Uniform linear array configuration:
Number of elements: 16
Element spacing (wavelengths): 0.25
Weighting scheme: cosine
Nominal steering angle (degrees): -45
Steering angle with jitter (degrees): -43.121
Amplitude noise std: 0.05
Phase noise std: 0.05

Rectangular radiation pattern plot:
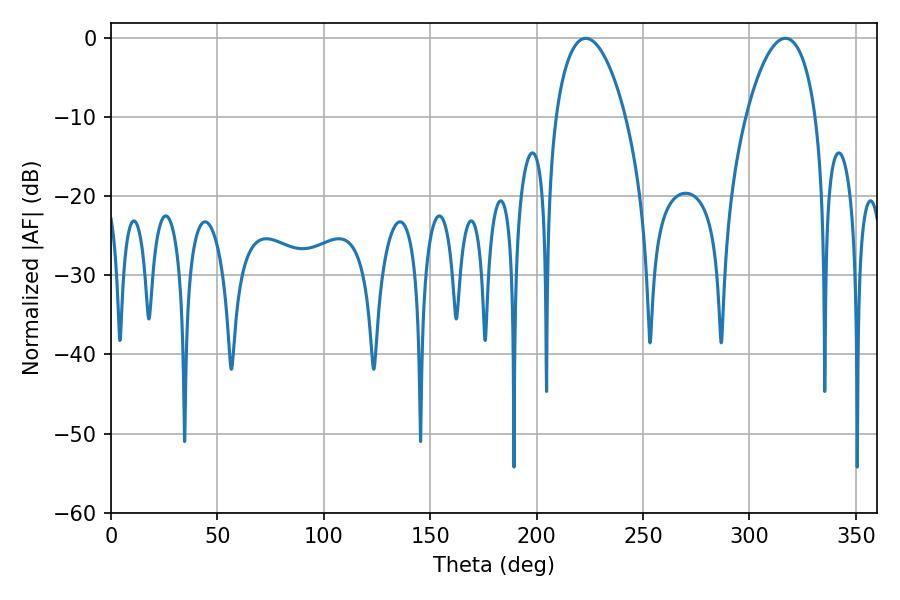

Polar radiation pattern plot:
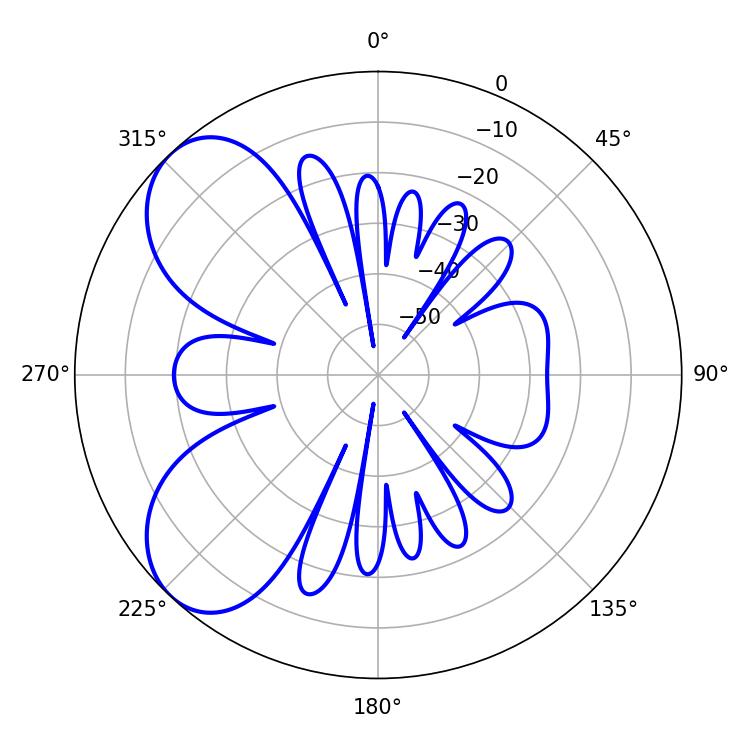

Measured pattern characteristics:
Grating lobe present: FALSE
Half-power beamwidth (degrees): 18.54
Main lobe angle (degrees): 316.98